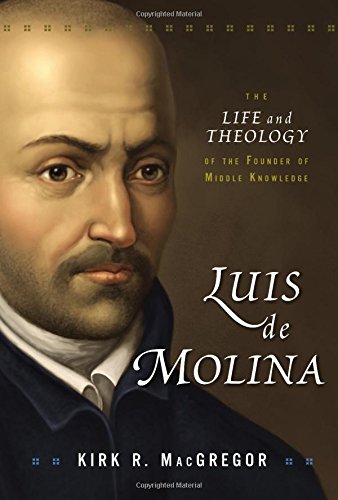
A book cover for Luis de Molina: The Life and Theology of the Founder of Middle Knowledge; Kirk R. MacGregor; Biographies & Memoirs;